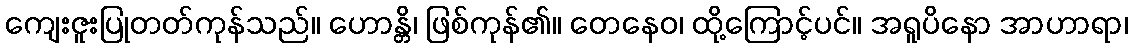
ကျေးဇူးပြုတတ်ကုန်သည်။ ဟောန္တိ၊ ဖြစ်ကုန်၏။ တေနေဝ၊ ထို့ကြောင့်ပင်။ အရူပိနော အာဟာရာ၊